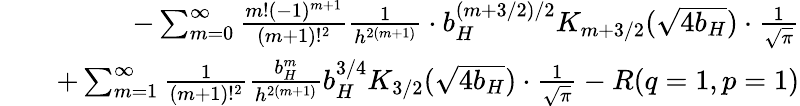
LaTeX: \begin{array}{rlr}&{}&{-\sum_{m=0}^{\infty}{\frac{m!(-1)^{m+1}}{(m+1)!^{2}}}{\frac{1}{h^{2(m+1)}}}\cdot b_{H}^{(m+3/2)/2}K_{m+3/2}(\sqrt{4b_{H}})\cdot{\frac{1}{\sqrt{\pi}}}}\\ &{}&{+\sum_{m=1}^{\infty}{\frac{1}{(m+1)!^{2}}}{\frac{b_{H}^{m}}{h^{2(m+1)}}}b_{H}^{3/4}K_{3/2}(\sqrt{4b_{H}})\cdot{\frac{1}{\sqrt{\pi}}}-R(q=1,p=1)}\end{array}